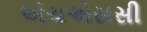
એચએસસી